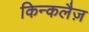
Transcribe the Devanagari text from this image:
किन्कलैज़